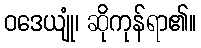
ဝဒေယျုံ၊ ဆိုကုန်ရာ၏။